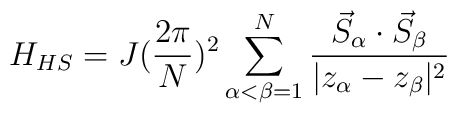
H_{HS}=J(\frac{2\pi}{N})^{2} \sum_{\alpha<\beta=1}^{N}\frac{\vec{S}_{\alpha}\cdot \vec{S}_{\beta}}{|z_{\alpha}-z_{\beta}|^{2}}